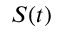
S ( t )